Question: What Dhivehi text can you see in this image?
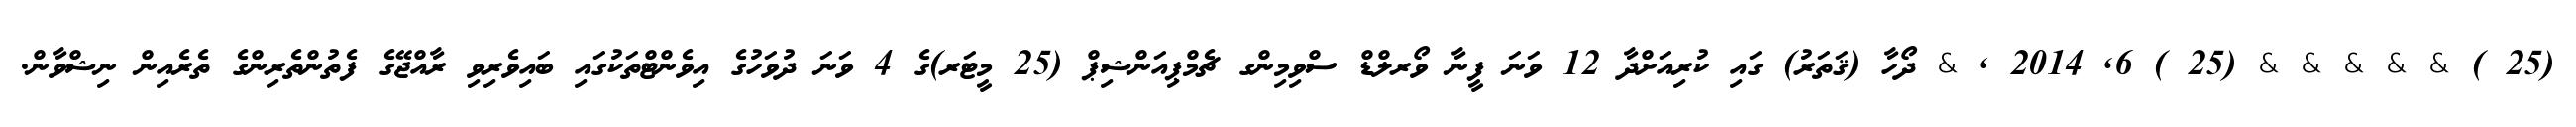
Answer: (25 ) & & & & & (25 ) 6, 2014 , & ދޯހާ (ޤަތަރު) ގައި ކުރިއަށްދާ 12 ވަނަ ފީނާ ވޯރލްޑް ސްވިމިންގ ޗެމްޕިއަންޝިޕް (25 މީޓަރ)ގެ 4 ވަނަ ދުވަހުގެ އިވެންޓްތަކުގައި ބައިވެރިވި ރާއްޖޭގެ ފެތުންތެރިންގެ ތެރެއިން ނިޝްވާން.